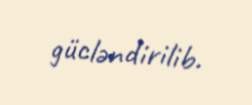
gücləndirilib.